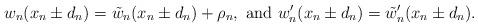
LaTeX: \begin{align*}w_n(x_n \pm d_n) = \tilde{w}_n (x_n \pm d_n) + \rho_n,\ \textrm{and}\ w_n'(x_n \pm d_n) = \tilde{w}_n'(x_n \pm d_n).\end{align*}